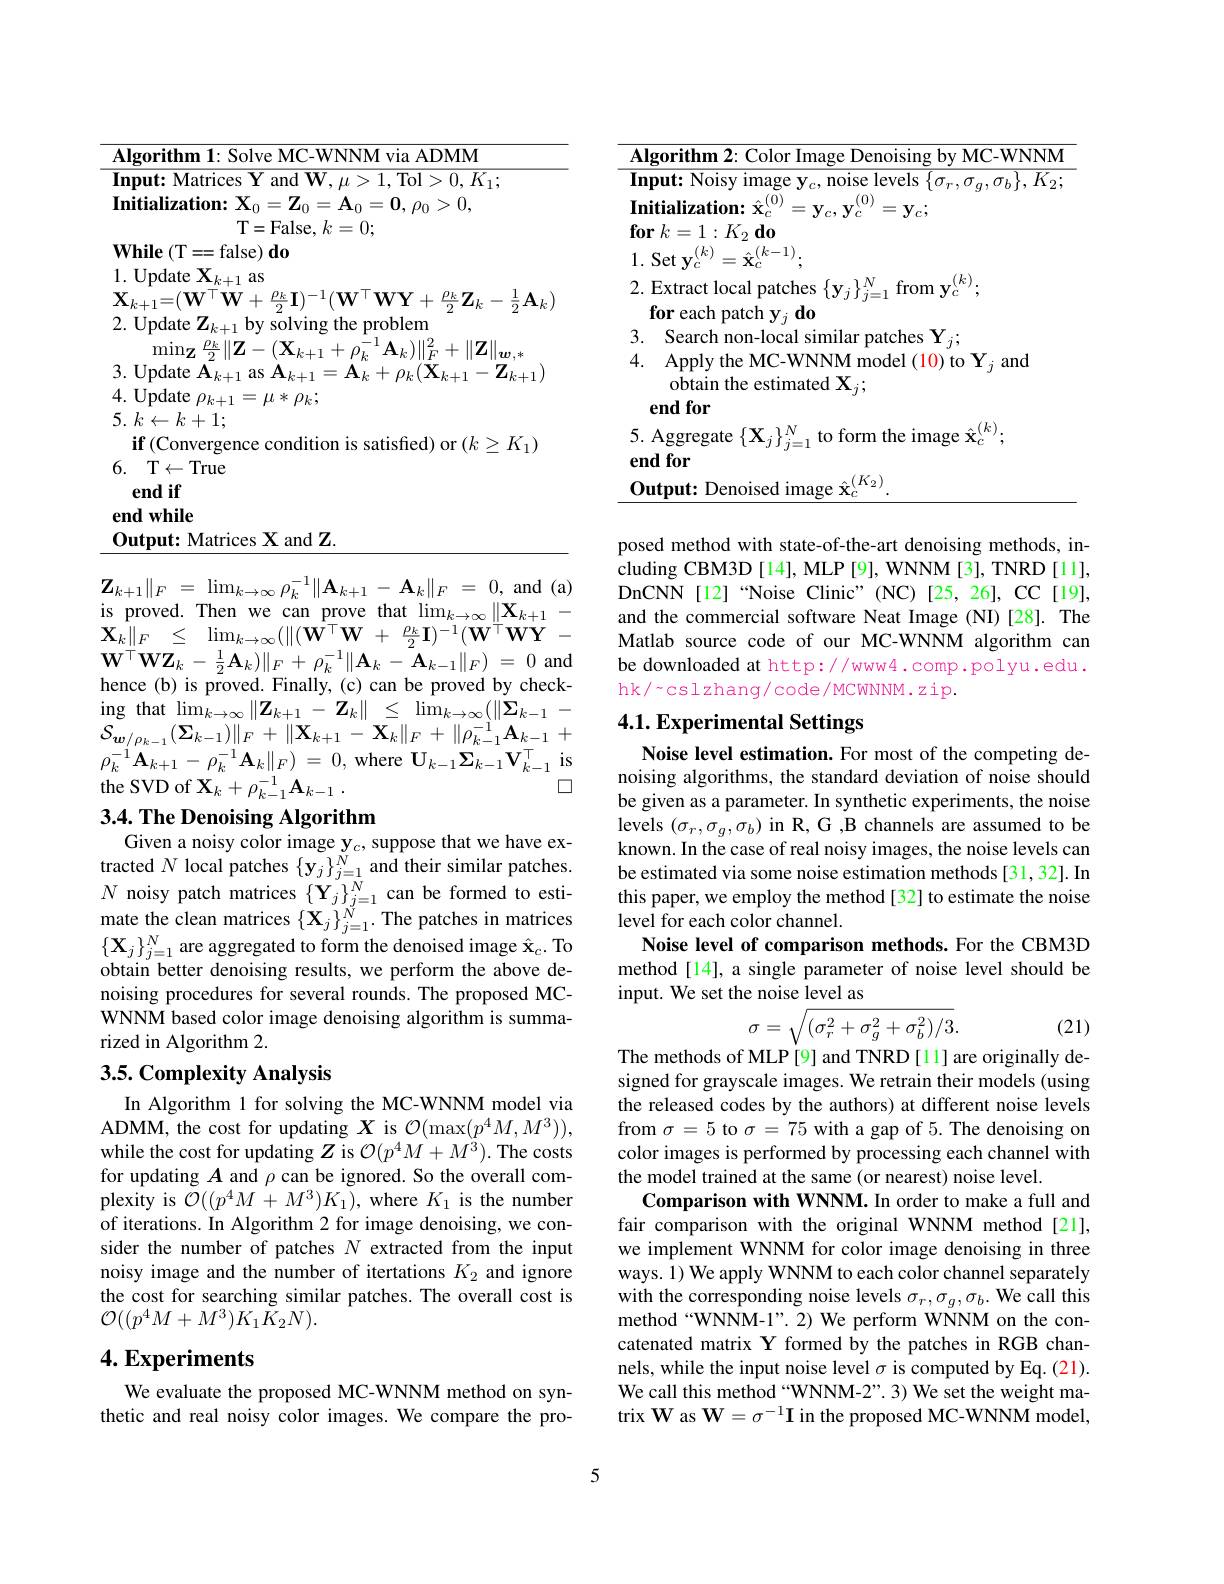
<table>
	<tbody>
		<tr>
			<td>11</td>
			<td> </td>
		</tr>
		<tr>
			<td>5</td>
			<td>1</td>
		</tr>
		<tr>
			<td> </td>
			<td>T$\leftarrow$True ${\mathrm{md~if}}$</td>
		</tr>
		<tr>
			<td>$e$</td>
			<td>$\mid\mathbf{while}$</td>
		</tr>
		<tr>
			<td> </td>
			<td>and Z $X$</td>
		</tr>
	</tbody>
</table>

$\mathbf{Z} _{k+ 1}\| _{F}$ = $\lim _{k\to \infty }\rho _{k}^{- 1}\| \mathbf{A} _{k+ 1}$ - $\mathbf{A} _{k}\| _{F}$ = 0, and ( a) $\mathrm{is~proved. ~Then~we~can~prove~that~lim}_{k\to \infty }\| \mathbf{X} _{k+ 1}$ - $\hat{\mathbf{X} } _{k}\| _{F}$ $\leq$ $\lim _{k\to \infty }( \| ( \hat{\mathbf{W} } ^{\top }\mathbf{W}$ + $\frac {\rho _{k}}2\mathbf{I} ) ^{- 1}( \mathbf{W} ^{\top }\mathbf{W} \mathbf{Y}$ - $\mathbf{W}^{\top}\mathbf{W}\mathbf{Z}_{k}-\frac{1}{2}\mathbf{A}_{k})\|_{F}+\rho_{k}^{-1}\|\mathbf{A}_{k}-\mathbf{A}_{k-1}\|_{F})=0$and$\mathbf{hence~(b)~is~proved.~Finally,~(c)~can~be~proved~by~check-}$ ing that $\lim_{k\to\infty}\left\|\mathbf{Z}_{k+1}-\mathbf{Z}_{k}\right\|\leq\lim_{k\to\infty}(\left\|\boldsymbol{\Sigma}_{k-1}\right.-$ $\mathcal{S} _{\boldsymbol{w}/ \rho _{k- 1}}( \Sigma _{k- 1}) \| _{F}$ + $\| \mathbf{X} _{k+ 1}$ - $\mathbf{X} _{k}\| _{F}$ + $\| \rho _{k- 1}^{- 1}\mathbf{A} _{k- 1}$ + $\rho _{k}^{- 1}\mathbf{A} _{k+ 1}- \rho _{k}^{- 1}\mathbf{A} _{k}\| _{F})$ = 0,where $\mathbf{U}_{k-1}\mathbf{\Sigma}_{k-1}\mathbf{V}_{k-1}^{\top}$is
$\square$
the SVD of $\mathbf{X} _k+ \rho _{k- 1}^{- 1}\mathbf{A} _{k- 1}$ .

## 3.4. The Denoising Algorithm

Given a noisy color image y$_c$, suppose that we have extracted $N$ local patches $\{\mathbf{y}_j\}_{j=1}^{N}$ and their similar patches. $\{\mathbf{X}_j\}_{j=1}^N$ are aggregated to form the denoised image $\hat{\mathbf{x}}_c.$ To obtain better denoising results, we perform the above denoising procedures for several rounds. The proposed MCWNNM based color image denoising algorithm is summarized in Algorithm 2.

## 3.5. Complexity Analysis

In Algorithm 1 for solving the MC-WNNM model via ADMM, the cost for updating $X$ is $\mathcal{O}(\max(p^4M,M^3))$, while the cost for updating $Z$ is $\mathcal{O}(p^4M+M^3).$ The costs for updating $A$ and $\rho$ can be ignored. So the overall complexity is $\mathcal{O}((p^{4}M+M^{3})K_{1})$,where $K_1$ is the number of iterations. In Algorithm 2 for image denoising, we consider the number of patches $N$ extracted from the input noisy image and the number of itertations $K_2$ and ignore the cost for searching similar patches. The overall cost is $\mathcal{O}((p^{4}M+M^{3})K_{1}\tilde{K}_{2}N).$

# 4. Experiments

We evaluate the proposed MC-WNNM method on synthetic and real noisy color images. We compare the pro-

<table>
	<tbody>
		<tr>
			<td>$\overline{\mathbf{AI}}$ 1 1</td>
			<td> </td>
		</tr>
		<tr>
			<td>$\mathbf{I}_{\mathbf{l}}$ $\mathbf{lm}$</td>
			<td>VOIS</td>
		</tr>
		<tr>
			<td>Ini for</td>
			<td>${\textbf{itialization: }\hat{\mathbf{x}}}_{c}^{(0)}$ (0) $=\mathbf{y}_{c},\mathbf{y}_{d}^{0}$ $=\mathbf{y}_{c};$ $\mathbf{r}$ $k= 1: K_{2}$ $\mathbf{do}$</td>
		</tr>
		<tr>
			<td>3 $a$</td>
			<td>Searc {:}hes</td>
		</tr>
		<tr>
			<td>4.</td>
			<td>Apply the MC-WNNM model (10) to $\mathbf{Y}_{j}$ and obtain the estimated $\mathbf{X}_j;$ $\mathbf{endfor}$</td>
		</tr>
		<tr>
			<td>5. $en$</td>
			<td>Aggregate $\{\mathbf{X}_j\}_{j=1}^N$ to form the image $\hat{\mathbf{x}}_c^{(k)};$ ıdfor</td>
		</tr>
		<tr>
			<td>$\mathbf{O}_{1}$ 1</td>
			<td>$(K_{2})$ utput: Denoised image $\hat{\mathbf{x}}_c^{(\mathrm{c})}$</td>
		</tr>
	</tbody>
</table>

posed method with state-of-the-art denoising methods, including CBM3D [14], MLP [9], WNNM [3], TNRD [11], DnCNN[12]“Noise Clinic”(NC)[25,26],CC[19], and the commercial software Neat Image (NI)[28]. The Matlab source code of our MC-WNNM algorithm can be downloaded at http://www4.comp.polyu.edu. hk/~cslzhang/code/MCWNNM.zip.

# 4.1. Experimental Settings

Noise level estimation. For most of the competing denoising algorithms, the standard deviation of noise should be given as a parameter. In synthetic experiments, the noise levels $(\sigma_{r},\sigma_{g},\sigma_{b})$ in R, G ,B channels are assumed to be known. In the case of real noisy images, the noise levels can be estimated via some noise estimation methods [31,32]. In this paper, we employ the method [32] to estimate the noise
$N$ noisy patch matrices $\{ \mathbf{Y} _{j}\} _{j= 1}^{N}$ can be formed to esti- this paper, we employ the mate the the the the the che the the the the the the pathe the the pathe the the he the the the the the the patches in matrices level for each color channel.
Noise level of comparison methods. For the CBM3D method[14], a single parameter of noise level should be input. We set the noise level as
$$\sigma=\sqrt{(\sigma_r^2+\sigma_g^2+\sigma_b^2)/3}.$$
(21)

The methods of MLP[9] and TNRD[11] are originally designed for grayscale images. We retrain their models (using the released codes by the authors) at different noise levels from $\sigma=5$ to $\sigma=75$ with a gap of 5. The denoising on color images is performed by processing each channel with the model trained at the same (or nearest) noise level.
Comparison with WNNM. In order to make a full and fair comparison with the original WNNM method[21], we implement WNNM for color image denoising in three ways. $\hat{1})$ We apply WNNM to each color channel separately with the corresponding noise levels $\sigma_r,\sigma_g,\sigma_b.$ We call this method“WNNM-1”.2) We perform WNNM on the concatenated matrix Y formed by the patches in RGB channels, while the input noise level $\sigma$ is computed by Eq. (21). We call this method “WNNM-2”.3) We set the weight matrix W as $\mathbf{W}=\sigma^-1\mathbf{I}$ in the proposed MC-WNNM model,

5